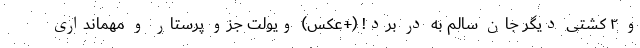
و ۲ کشتی دیگر جان سالم به در برد! (+عکس) ویولت جزو پرستار و مهمانداری